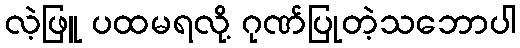
လဲ့ဖြူ ပထမရလို့ ဂုဏ်ပြုတဲ့သဘောပါ